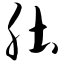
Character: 肚